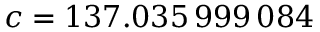
c = 1 3 7 . 0 3 5 \, 9 9 9 \, 0 8 4